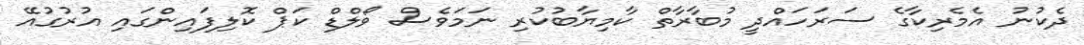
ދެކުނު އެމެރިކާގެ ސަރަހައްދީ މުބާރާތް ކާމިޔާބުކުރި ނަމަވެސް ވޯލްޑް ކަޕް ކޮލިފައިންގައި އުރުގުއޭ